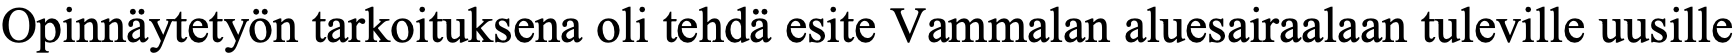
Opinnäytetyön tarkoituksena oli tehdä esite Vammalan aluesairaalaan tuleville uusille